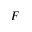
{ F }